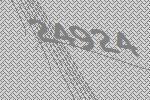
24924